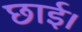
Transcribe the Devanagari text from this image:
छाई।